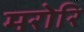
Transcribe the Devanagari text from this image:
मरोरि